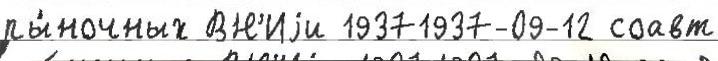
ры́ночных ВН'Иjи 19371937-09-12 соавт